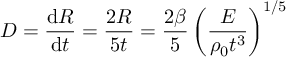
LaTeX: D = { \frac { \mathrm { d } R } { \mathrm { d } t } } = { \frac { 2 R } { 5 t } } = { \frac { 2 \beta } { 5 } } \left( { \frac { E } { \rho _ { 0 } t ^ { 3 } } } \right) ^ { 1 / 5 }